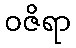
ဝဇိရာ